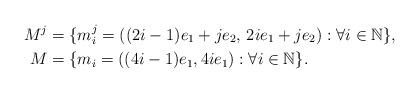
LaTeX: \begin{align*} M^{j} &=\{m^{j}_{i} = \left((2i-1)e_{1}+je_{2}, \, 2ie_{1}+je_{2}\right): \forall i \in \mathbb{N} \},\\ M &=\{m_i=((4i-1)e_1,4ie_1): \forall i\in\mathbb{N}\}.\end{align*}